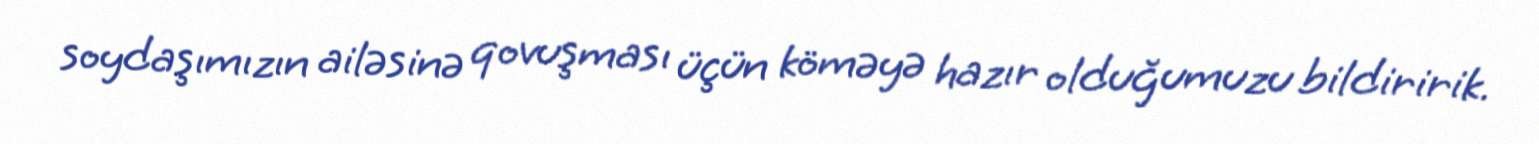
soydaşımızın ailəsinə qovuşması üçün köməyə hazır olduğumuzu bildiririk.